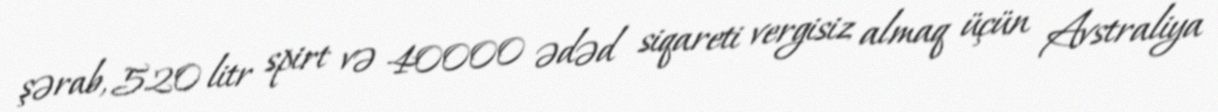
şərab, 520 litr spirt və 40000 ədəd siqareti vergisiz almaq üçün Avstraliya